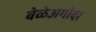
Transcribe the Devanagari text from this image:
वेळेअगोदर